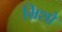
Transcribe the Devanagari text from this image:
म्रिशो